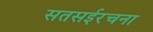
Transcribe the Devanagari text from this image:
सतसईरचना